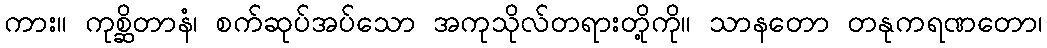
ကား။ ကုစ္ဆိတာနံ၊ စက်ဆုပ်အပ်သော အကုသိုလ်တရားတို့ကို။ သာနတော တနုကရဏတော၊